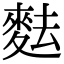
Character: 麮